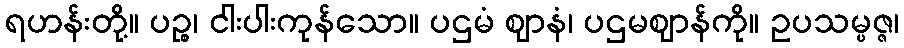
ရဟန်းတို့။ ပဉ္စ၊ ငါးပါးကုန်သော။ ပဌမံ ဈာနံ၊ ပဌမဈာန်ကို။ ဥပသမ္ပဇ္ဇ၊